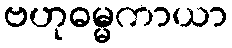
ဗဟုဓမ္မကာယာ